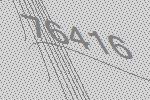
76416